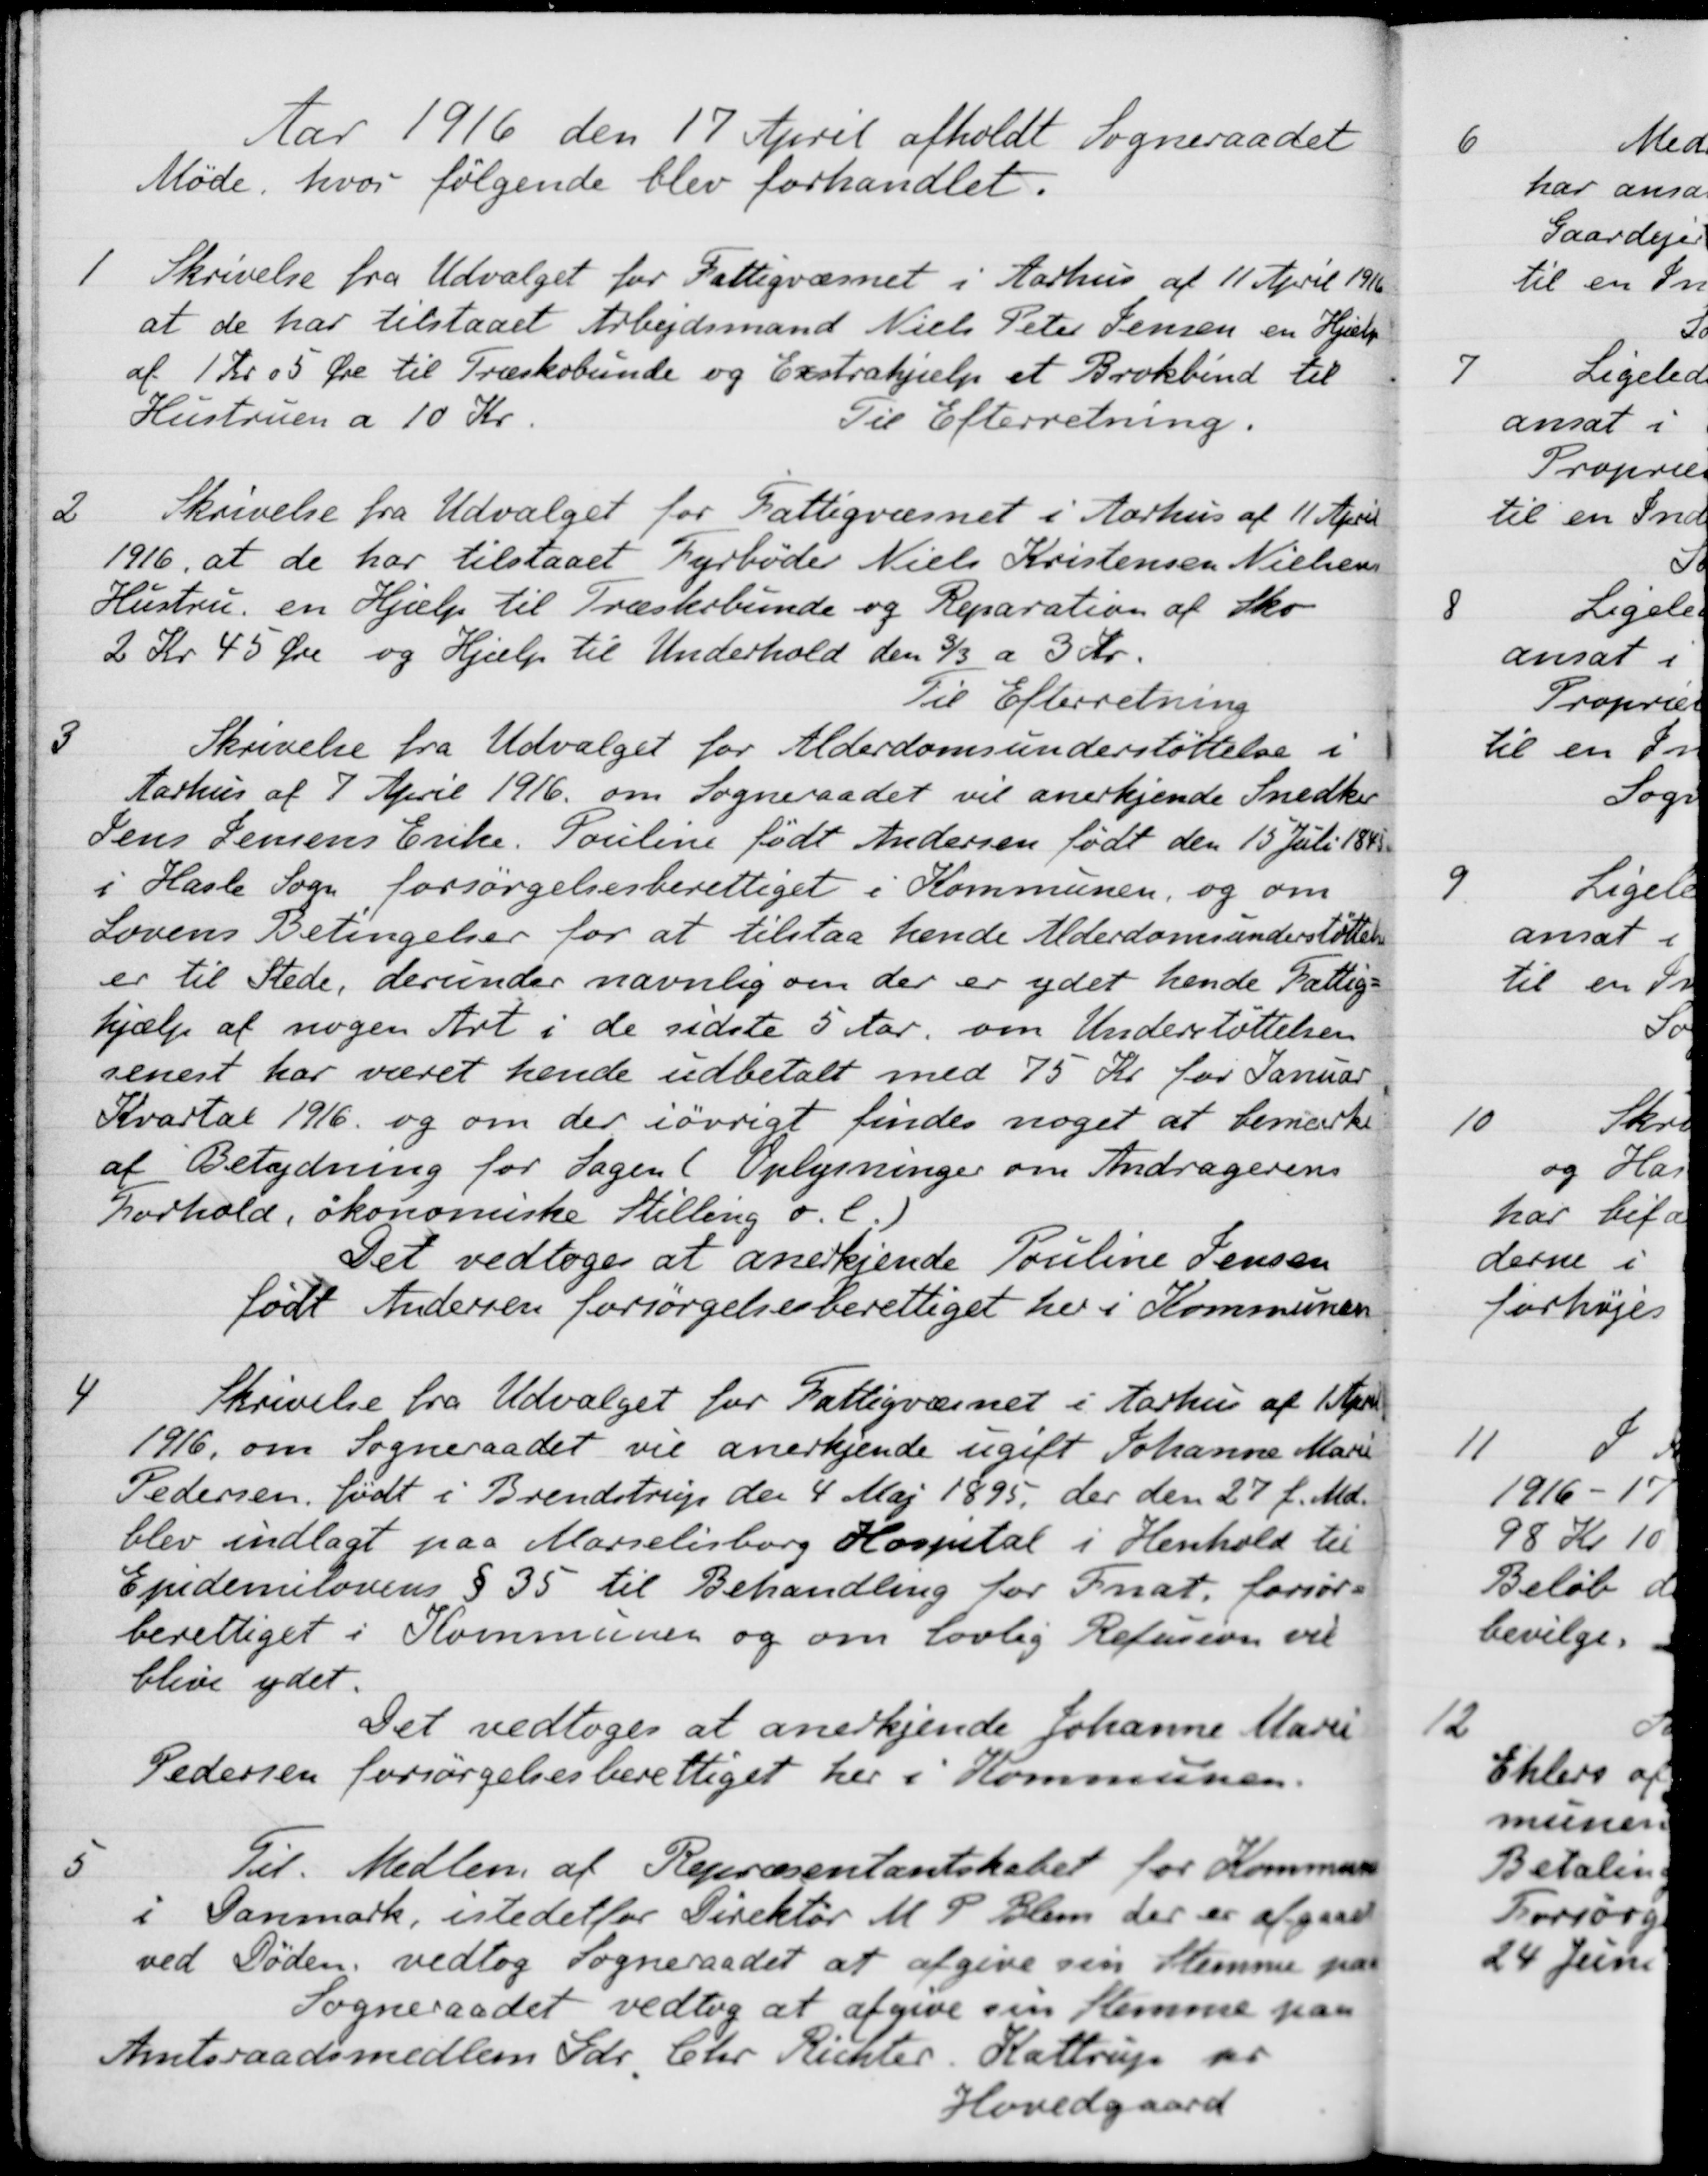
Transskription:
Aar 1916 den 17 April afholdt Sogneraadet
Møde, hvor følgende blev forhandlet.
1
Skrivelse fra Udvalget for Fattigvæsnet i Aarhus af 11 April 1916
at de har tilstaaet Arbejdsmand Niels Peter Jensen en Hjælp
af 1 Kr 05 Øre til Træskobunde og Exstrahjælp et Brokbind til
Hustruen a 10 Kr.
Til Efterretning.
2
Skrivelse fra Udvalget for Fattigvæsnet i Aarhus af 11 April
1916, at de har tilstaaet Fyrbøder Niels Kristensen Nielsens
Hustru en Hjælp til Træskobunde og Reparation af Sko
2 Kr 45 Øre og Hjælp til Underhold den 3/3 a 3 Kr.
Til Efterretning
3
Skrivelse fra Udvalget for Alderdomsunderstøttelse i
Aarhus af 7 April 1916 om Sogneraadet vil anerkjende Snedker
Jens Jensens Enke. Pouline født Andersen født den 15 Juli 1845
i Hasle Sogn forsørgelsesberettiget i Kommunen, og om 
Lovens Betingelser for at tilstaa hende Alderdomsunderstøttelse
er til Stede, derunder navnlig om der er ydet hende Fattig-
hjælp af nogen Art i de sidste 5 Aar, om Understøttelsen
senest har været hende udbetalt med 75 Kr for Januar
Kvartal 1916 og om der iøvrigt findes noget at bemærke
af Betydning for Sagen ( Oplysninger om Andragerens
Forhold, økonomiske Stilling o. l)
Det vedtoges at anerkiende Pouline Jensen
født Andersen forsørgelsesberettiget her i Kommunen
4
Skrivelse fra Udvalget for Fattigvæsnet i Aarhus af 1 April
1916, om Sogneraadet vil anerkjende ugift Johanne Marie
Pedersen, født i Brendstrup den 4 Maj 1895, der den 27 f. Md.
blev indlagt paa Marselisborg Hospital i Henhold til
Epidemilovens § 35 til Behandling for Fnat, forsør-
berettiget i Kommunen og om lovlig Refusion vil
blive ydet.
Det vedtoges at anerkjende Johanne Marie
Pedersen forsørgelsesberettiget her i Kommunen.
5
Til Medlem af Repræsentantskabet for Kommunerne
i Danmark, istedetfor Direktør M. P. Blum, der er afgaaet
ved Døden vedtog Sogneraadet at afgive sin Stemme paa
Sogneraadet vedtog at afgive sin Stemme paa
Amtsraadsmedlem Gdr. Chr. Richter, Kattrup pr
Hovedgaard